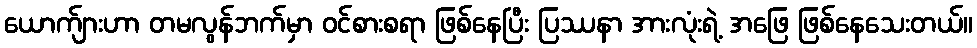
ယောက်ျားဟာ တမလွန်ဘက်မှာ ဝင်စားစရာ ဖြစ်နေပြီး ပြဿနာ အားလုံးရဲ့ အဖြေ ဖြစ်နေသေးတယ်။